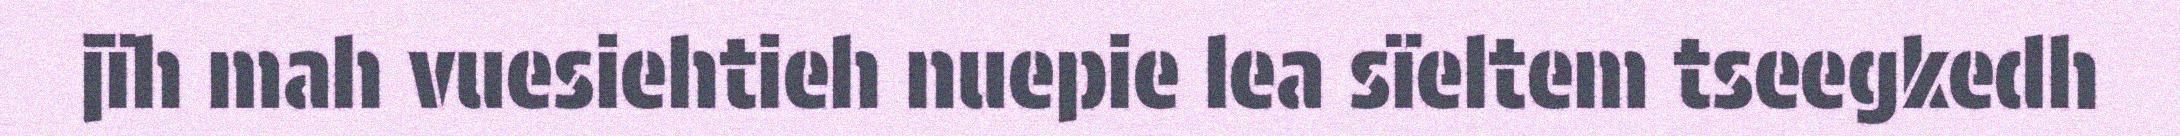
jïh mah vuesiehtieh nuepie lea sïeltem tseegkedh